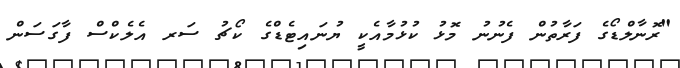
"ރޮނާލްޑޯގެ ފަރާތުން ފެނުނު މޮޅު ކުޅުމާއެކީ ޔުނައިޓެޑްގެ ކޯޗު ސަރ އެލެކްސް ފާގަސަން